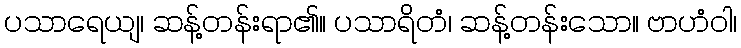
ပသာရေယျ၊ ဆန့်တန်းရာ၏။ ပသာရိတံ၊ ဆန့်တန်းသော။ ဗာဟံဝါ၊